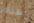
هناك